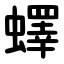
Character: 蠌